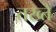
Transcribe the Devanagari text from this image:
तख्‍ते